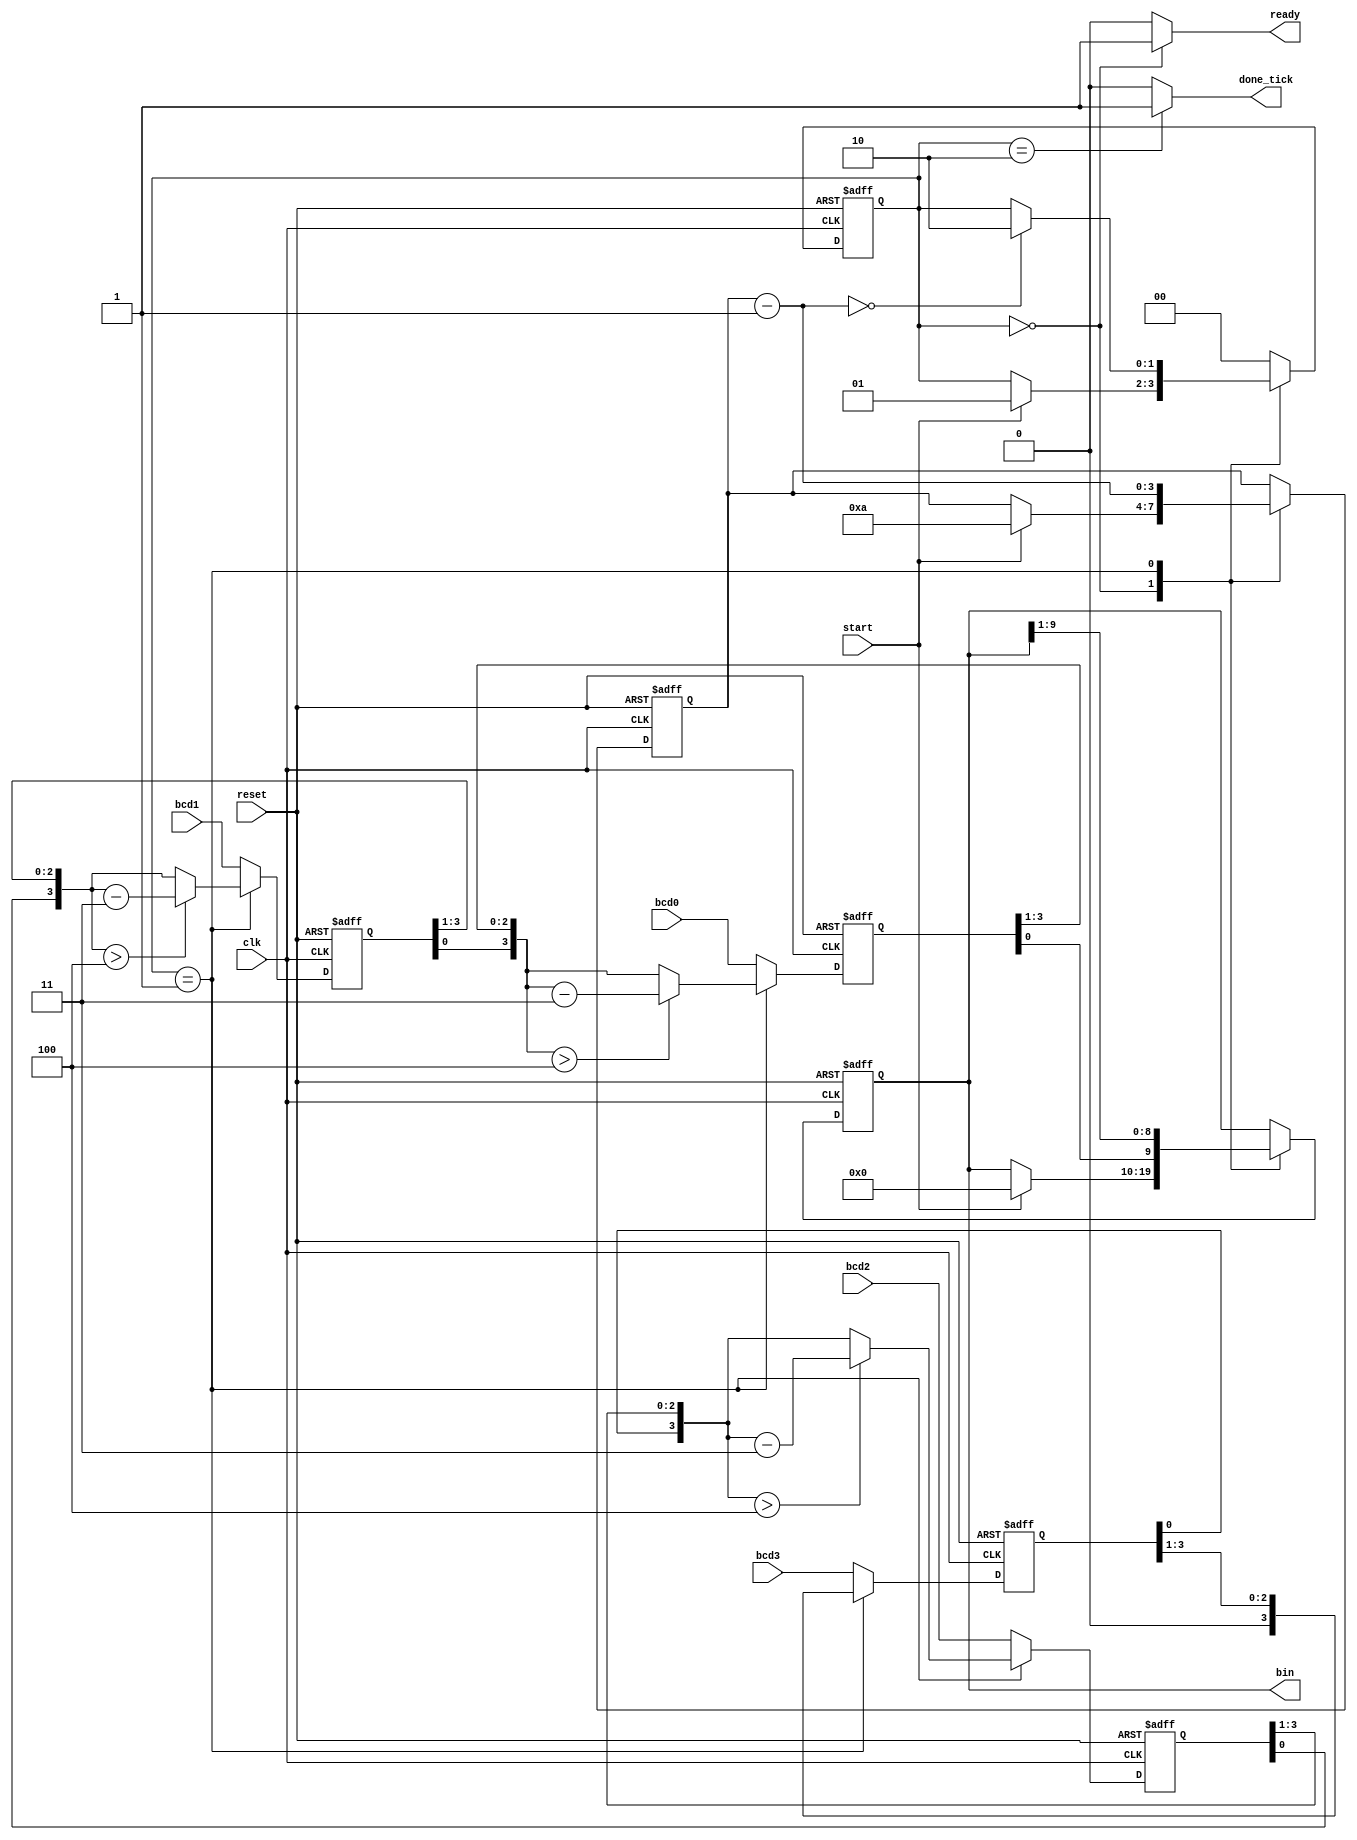
`timescale 1ns / 1ps

module bcd_to_binary(
    input wire clk, reset,
    input wire start,
    input wire [3:0] bcd3, bcd2, bcd1, bcd0,
    output reg ready, done_tick,
    output wire [9:0] bin
    );
    
    // symbolic states
    localparam [1:0] 
        idle = 2'b00,
        op = 2'b01,
        done = 2'b10;
        
    // signal declarations
    reg [1:0] state_reg, state_next;
    reg [9:0] bin_reg, bin_next;
    reg [3:0] n_reg, n_next;
    reg [3:0] bcd3_reg, bcd2_reg, bcd1_reg, bcd0_reg;
    reg [3:0] bcd3_next, bcd2_next, bcd1_next, bcd0_next;
    
    always @(posedge clk, posedge reset)
    begin
        if(reset)
        begin
            state_reg <= idle;
            n_reg <= 0;
            bin_reg <= 0;
            bcd3_reg <= 0;
            bcd2_reg <= 0;
            bcd1_reg <= 0; 
            bcd0_reg <= 0;
        end
        
        else
        begin
            state_reg <= state_next;
            n_reg <= n_next;
            bin_reg <= bin_next;
            bcd3_reg <= bcd3_next;
            bcd2_reg <= bcd2_next;
            bcd1_reg <= bcd1_next; 
            bcd0_reg <= bcd0_next;
        end
    
    end
    
    
    always @*
    begin
        // defaults
        state_next = state_reg;
        n_next = n_reg;
        bin_next = bin_reg;
        bcd3_next = bcd3;
        bcd2_next = bcd2;
        bcd1_next = bcd1;
        bcd0_next = bcd0;
        ready = 1'b0;
        done_tick = 1'b0;
        case(state_reg)
            
            idle:
            begin
                ready = 1'b1;
                if(start)
                begin
                    state_next = op;
                    n_next = 4'b1010; // initial index=10 (how many bits in bin
                    bin_next = 10'b0000000000; // initialize bin to 0
                end
            end
            
            op:
            begin
                // shift everything right 1 bit
                bin_next = {bcd0_reg[0], bin_reg[9:1]}; // msb bcd0 to msb bin
                bcd3_next = {1'b0, bcd3_reg[3:1]}; // 0 to msb bcd 3
                // if shifted bcd > 4: shift and sub 3 ELSE: shift
                bcd2_next = ({bcd3_reg[0], bcd2_reg[3:1]} > 4) ? ({bcd3_reg[0], bcd2_reg[3:1]} - 4'b0011) : {bcd3_reg[0], bcd2_reg[3:1]};
                bcd1_next = ({bcd2_reg[0], bcd1_reg[3:1]} > 4) ? ({bcd2_reg[0], bcd1_reg[3:1]} - 4'b0011) : {bcd2_reg[0], bcd1_reg[3:1]};
                bcd0_next = ({bcd1_reg[0], bcd0_reg[3:1]} > 4) ? ({bcd1_reg[0], bcd0_reg[3:1]} - 4'b0011) : {bcd1_reg[0], bcd0_reg[3:1]};
                
                n_next = n_reg - 1; // decrement index
                if(n_next == 0)
                    state_next = done;
            end
            
            done:
            begin
                done_tick = 1'b1;
                state_next = idle;
            end
            
            default: state_next = idle;
            
        endcase
    end
    
    assign bin = bin_reg;
    
endmodule